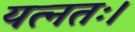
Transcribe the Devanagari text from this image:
यत्नतः।